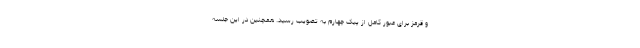
و قرمز برای عبور کامل از پیک چهارم به تصویب رسید. همچنین در این جلسه